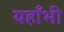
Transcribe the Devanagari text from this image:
यहाँभी